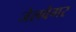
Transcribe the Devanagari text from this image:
जेलवेगर